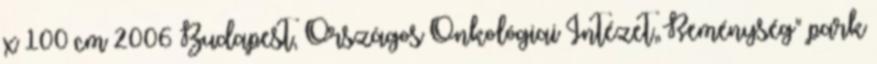
x 100 cm 2006 Budapest, Országos Onkológiai Intézet„Reménység" park